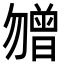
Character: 㬟